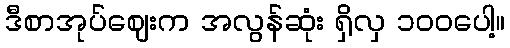
ဒီစာအုပ်ဈေးက အလွန်ဆုံး ရှိလှ ၁၀၀ပေါ့။